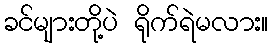
ခင်များတို့ပဲ ရိုက်ရဲမလား။